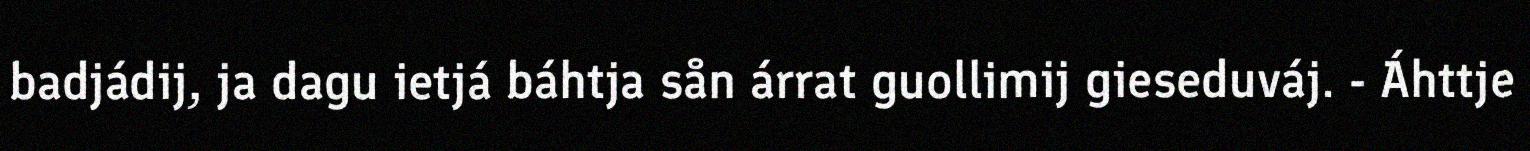
badjádij, ja dagu ietjá báhtja sån árrat guollimij gieseduváj. - Áhttje